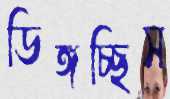
ডিঙ্গচ্ছিস